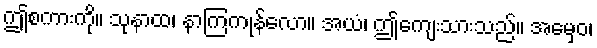
ဤစကားကို။ သုနာထ၊ နာကြကုန်လော။ အယံ၊ ဤကျေးသားသည်။ အမှေဝ၊